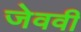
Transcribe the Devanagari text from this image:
जेववी